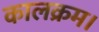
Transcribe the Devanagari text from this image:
कालक्रम।